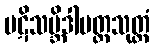
ပဋိသမ္ဘိဒါပတ္တသုတ္တံ